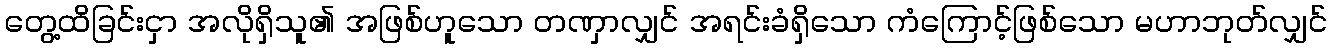
တွေ့ထိခြင်းငှာ အလိုရှိသူ၏ အဖြစ်ဟူသော တဏှာလျှင် အရင်းခံရှိသော ကံကြောင့်ဖြစ်သော မဟာဘုတ်လျှင်